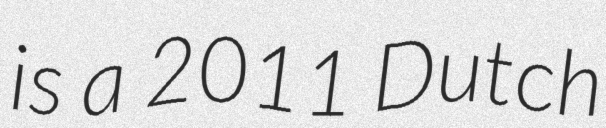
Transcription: is a 2011 Dutch